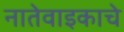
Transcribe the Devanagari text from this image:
नातेवाइकाचे